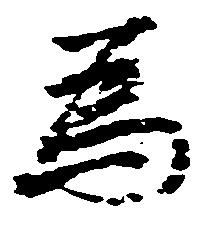
為